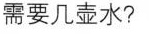
需要几壶水?